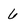
Character: 6